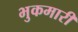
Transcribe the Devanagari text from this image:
भुकमारी